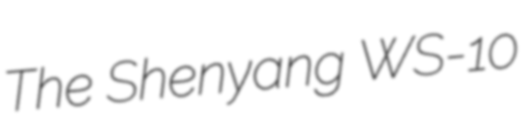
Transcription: The Shenyang WS-10